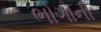
ભોગોની